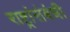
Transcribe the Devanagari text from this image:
राष्ट्रांसंबंधी